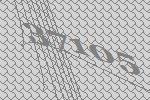
37105